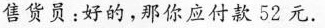
售货员：好的，那你应付款52元。